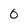
Character: 0